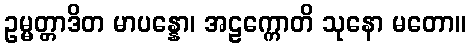
ဥမ္မတ္တာဒိတ မာပန္နော၊ အဠက္ကောတိ သုနော မတော။